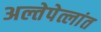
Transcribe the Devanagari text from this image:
अल्तेपेत्लांत